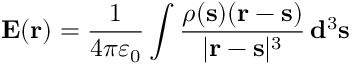
\mathbf { E } ( \mathbf { r } ) = { \frac { 1 } { 4 \pi \varepsilon _ { 0 } } } \int { \frac { \rho ( \mathbf { s } ) ( \mathbf { r } - \mathbf { s } ) } { | \mathbf { r } - \mathbf { s } | ^ { 3 } } } \, \mathbf { d } ^ { 3 } \mathbf { s }